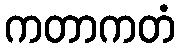
ကတာကတံ